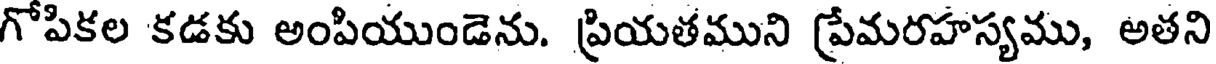
గోపికల కడకు అంపియుండెను. ప్రియతముని ప్రేమరహస్యము, అతని